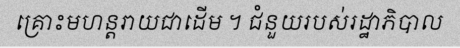
គ្រោះមហន្តរាយជាដើម ។ ជំនួយរបស់រដ្ឋាភិបាល